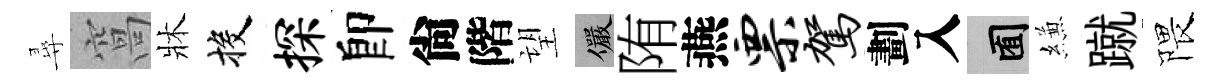
尋窩牀投探卽尙階望儼陏燕票驾劃入囿縑蹴隈